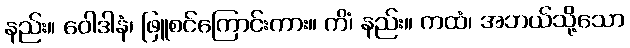
နည်း။ ဝေါဒါနံ၊ ဖြူစင်ကြောင်းကား။ ကိံ၊ နည်း။ ကထံ၊ အဘယ်သို့သော